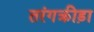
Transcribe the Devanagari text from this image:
तरंगक्रीड़ा